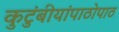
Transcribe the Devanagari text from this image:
कुटुंबीयांपाठोपाठ